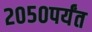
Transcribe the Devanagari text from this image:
२०५०पर्यंत